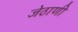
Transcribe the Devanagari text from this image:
जेठाणी